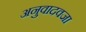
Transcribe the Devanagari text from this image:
अनुवादवजा